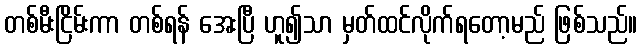
တစ်မီးငြိမ်းကာ တစ်ရန် အေးပြီ ဟူ၍သာ မှတ်ထင်လိုက်ရတော့မည် ဖြစ်သည်။